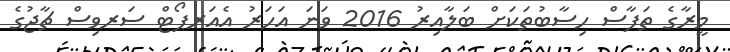
މީރާގެ ތަފާސް ހިސާބުތަކަށް ބަލާއިރު 2016 ވަނަ އަހަރު އެއަރޕޯޓް ސަރވިސް ޗާޖުގެ